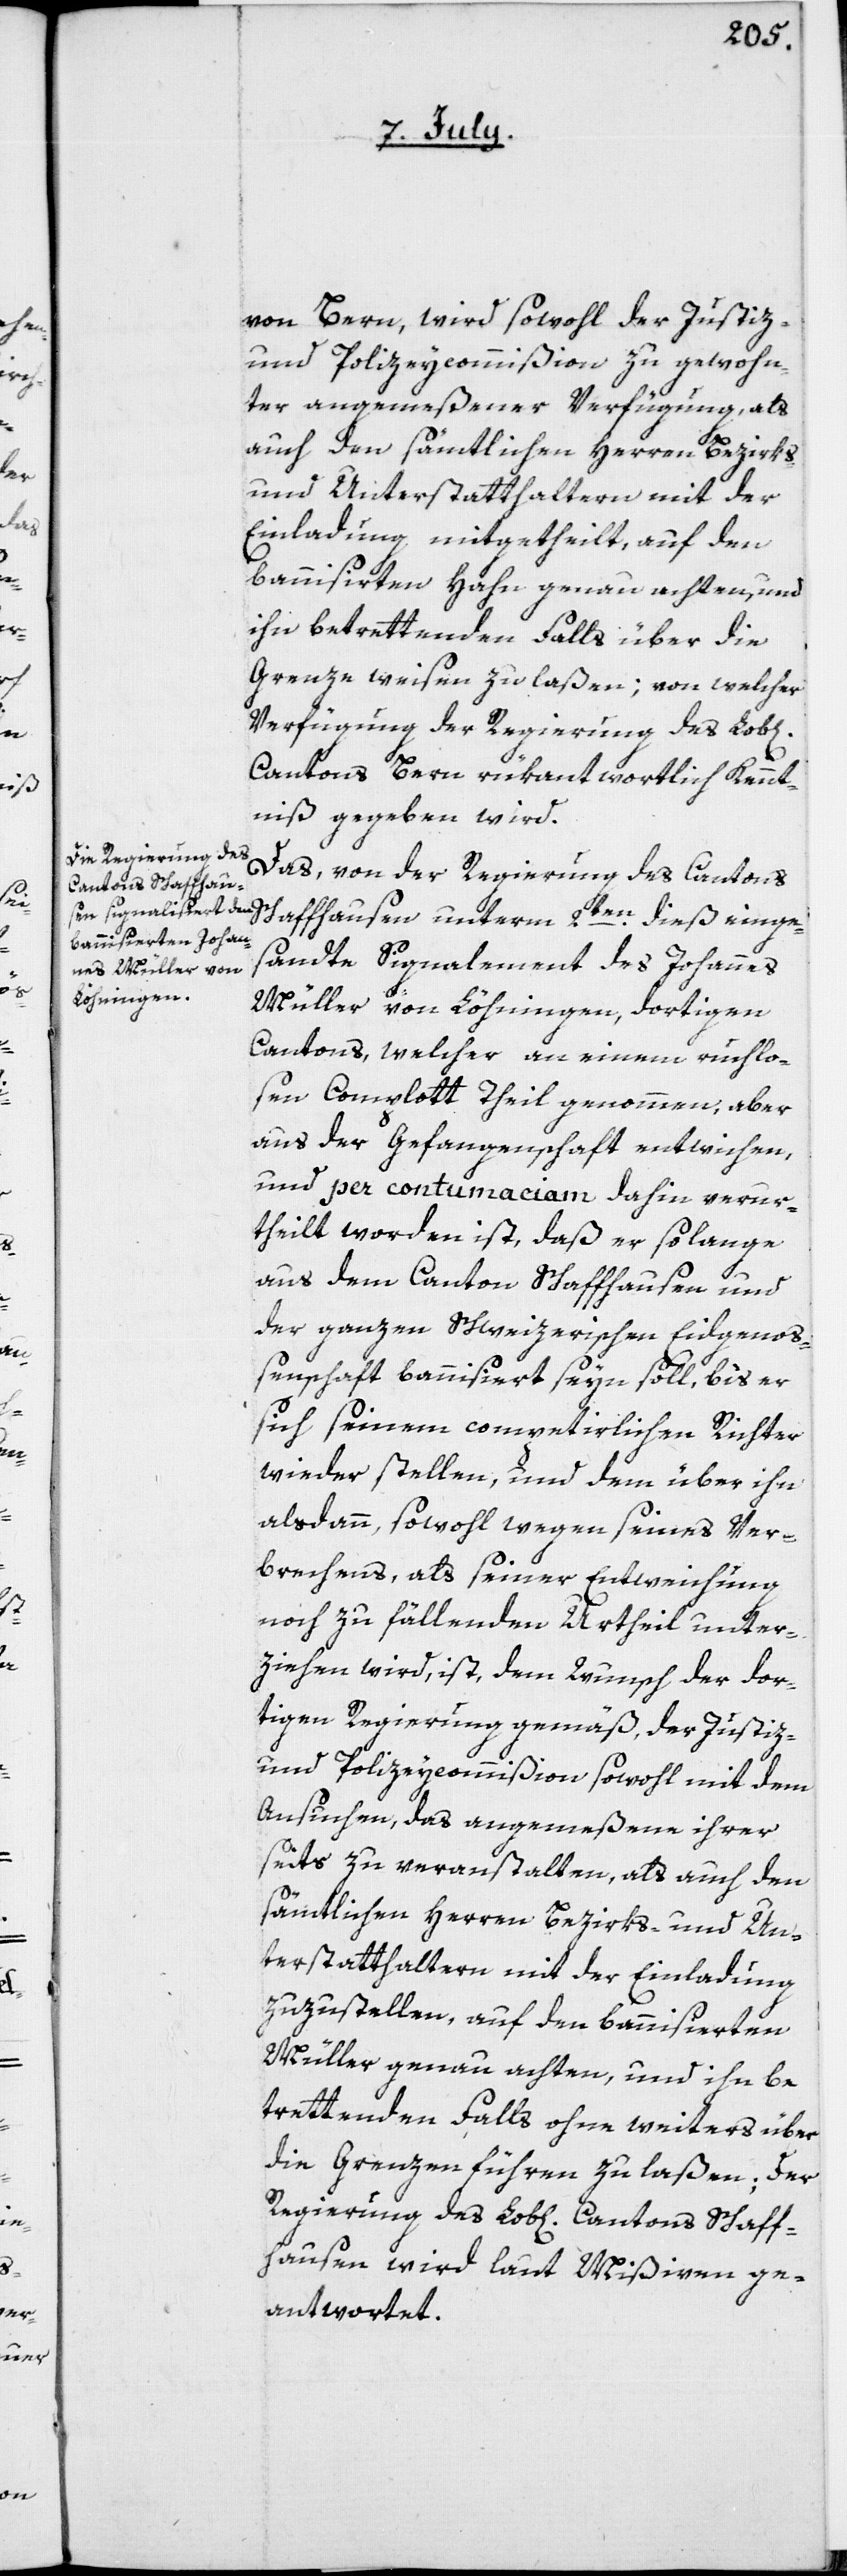
von Bern, wird sowohl der Justiz-
und Polizeycommißion zu gewohn¬
ter angemeßener Verfügung, als
auch den sämtlichen Herren Bezirks-
und Unterstatthaltern mit der
Einladung mitgetheilt, auf den
bannisirten Hahn genau achten, und
ihn betrettenden Falls über die
Grenze weisen zu laßen; von welcher
Verfügung der Regierung des Lob[lichen]
Cantons Bern rükantwortlich Kennt¬
niß gegeben wird.
Das, von der Regierung des Cantons
Schaffhausen unterm 2ten dieß einge¬
sandte Signalement des Johannes
Müller von Löhningen, dortigen
Cantons, welcher an einem ruchlo¬
sen Complott Theil genommen, aber
aus der Gefangenschaft entwichen,
und per contumaciam dahin verur¬
theilt worden ist, daß er solange
aus dem Canton Schaffhausen und
der ganzen Schweizerischen Eidgenoß¬
enschaft bannisiert seyn soll, bis er
sich seinem competirlichen Richter
wieder stellen, und dem über ihn
alsdann, sowohl wegen seines Ver¬
brechens, als seiner Entweichung
noch zu fällenden Urtheil unter¬
ziehen wird, ist dem Wunsch der dor¬
tigen Regierung gemäß, der Justiz-
und Polizeycommißion sowohl mit dem
Ansuchen, das angemeßene ihrer
seits zu veranstalten, als auch den
sämtlichen Herren Bezirks- und Un¬
terstatthaltern mit der Einladung
zuzustellen, auf den bannisierten
Müller genau achten, und ihn be¬
trettenden Falls ohne weiters über
die Grenzen führen zu laßen; der
Regierung des Lob[lichen] Cantons Schaff¬
hausen wird laut Mißiven ge¬
antwortet.